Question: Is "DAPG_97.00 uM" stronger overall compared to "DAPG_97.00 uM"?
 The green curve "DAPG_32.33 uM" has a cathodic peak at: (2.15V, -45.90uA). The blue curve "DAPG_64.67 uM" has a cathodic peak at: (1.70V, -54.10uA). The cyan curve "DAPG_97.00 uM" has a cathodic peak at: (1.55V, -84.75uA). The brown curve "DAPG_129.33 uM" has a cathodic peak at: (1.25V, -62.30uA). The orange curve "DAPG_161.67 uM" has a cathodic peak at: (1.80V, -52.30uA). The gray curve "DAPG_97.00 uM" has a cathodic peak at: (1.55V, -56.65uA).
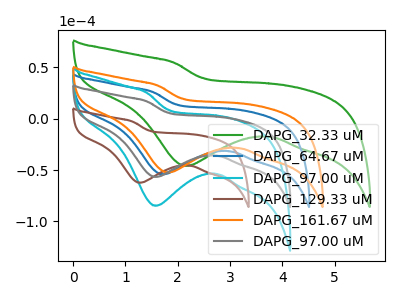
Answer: <think>All the peaks in "DAPG_97.00 uM" have a peak in "DAPG_97.00 uM" at the same potential. Every peak in "DAPG_97.00 uM" is lower than every peak in "DAPG_97.00 uM".
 </think>
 <answer>"DAPG_97.00 uM" has less signal than "DAPG_97.00 uM".</answer>
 <eval>less_signal</eval>